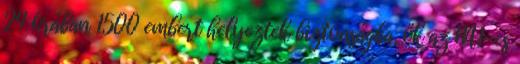
24 órában 1500 embert helyeztek biztonságba, ők az M1-es